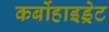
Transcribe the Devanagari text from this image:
कर्बोहाइड्रेट